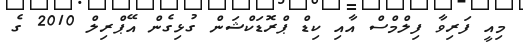
މިއީ ފަރިވާ ފިލްމްސް އާއި ކިޑް ޕްރޮޑަކްޝަން ގުޅިގެން އޭޕްރިލް 2010 ގެ